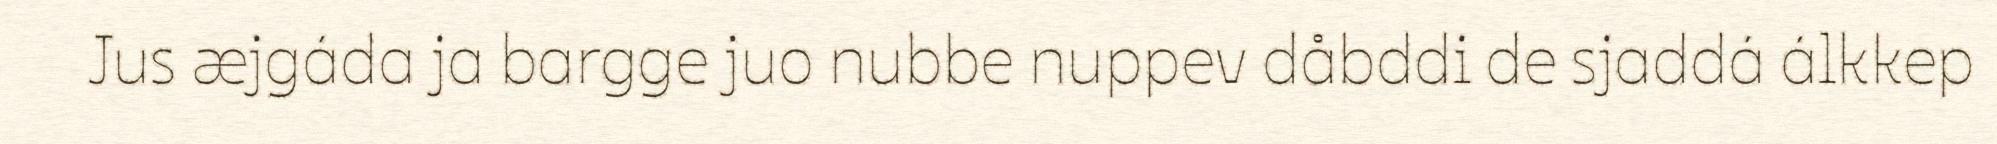
Jus æjgáda ja bargge juo nubbe nuppev dåbddi de sjaddá álkkep